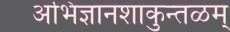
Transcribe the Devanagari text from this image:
अभिज्ञानशाकुन्तळम्